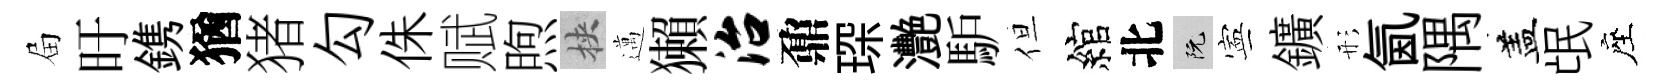
屇旴鎸猶猪勾侏赋煦挾邁獺治鼐琛灧馿但綰北阮寕鑛形氤隅盖氓座